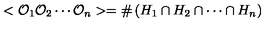
< { \cal O } _ { 1 } { \cal O } _ { 2 } \cdots { \cal O } _ { n } > = \# \left( H _ { 1 } \cap H _ { 2 } \cap \cdots \cap H _ { n } \right)